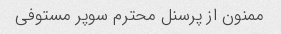
ممنون از پرسنل محترم سوپر مستوفی